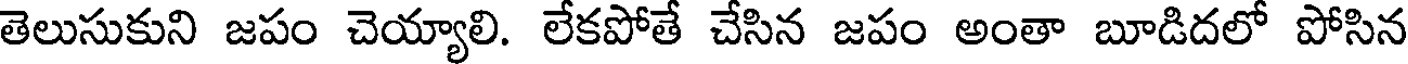
తెలుసుకుని జపం చెయ్యాలి. లేకపోతే చేసిన జపం అంతా బూడిదలో పోసిన